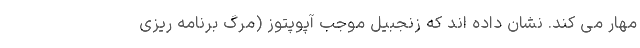
مهار می کند. نشان داده اند که زنجبیل موجب آپوپتوز (مرگ برنامه ریزی